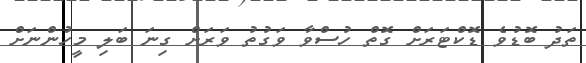
ތަދު ބޮޑުވެ ޑޮކްޓަރަށް ގޮތް ހުސްވާ ވަގުތު ވަރަށް ގިނަ ބަލި މީހުންނަށް